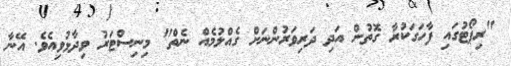
"ރިޕޯޓުގައި ފާހަގަކުރާ ގޮތުން އަދި ދަރިވަރުންނަށް ގެއްލުމެއް ނެތް" މިނިސްޓަރު ވިދާޅުވިއެވެ. އޭނާ